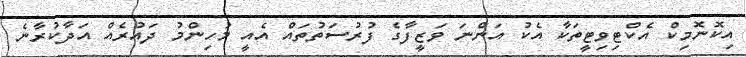
އިކޮނޮމިކް އެކްޓިވިޓީތަކާ އެކު އަންނަ ވަޒީފާގެ ފުރުސަތުތައް އެއީ މުހިންމު ދައުރެއް އަދާކުރާނެ